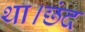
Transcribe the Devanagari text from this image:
था।छंद